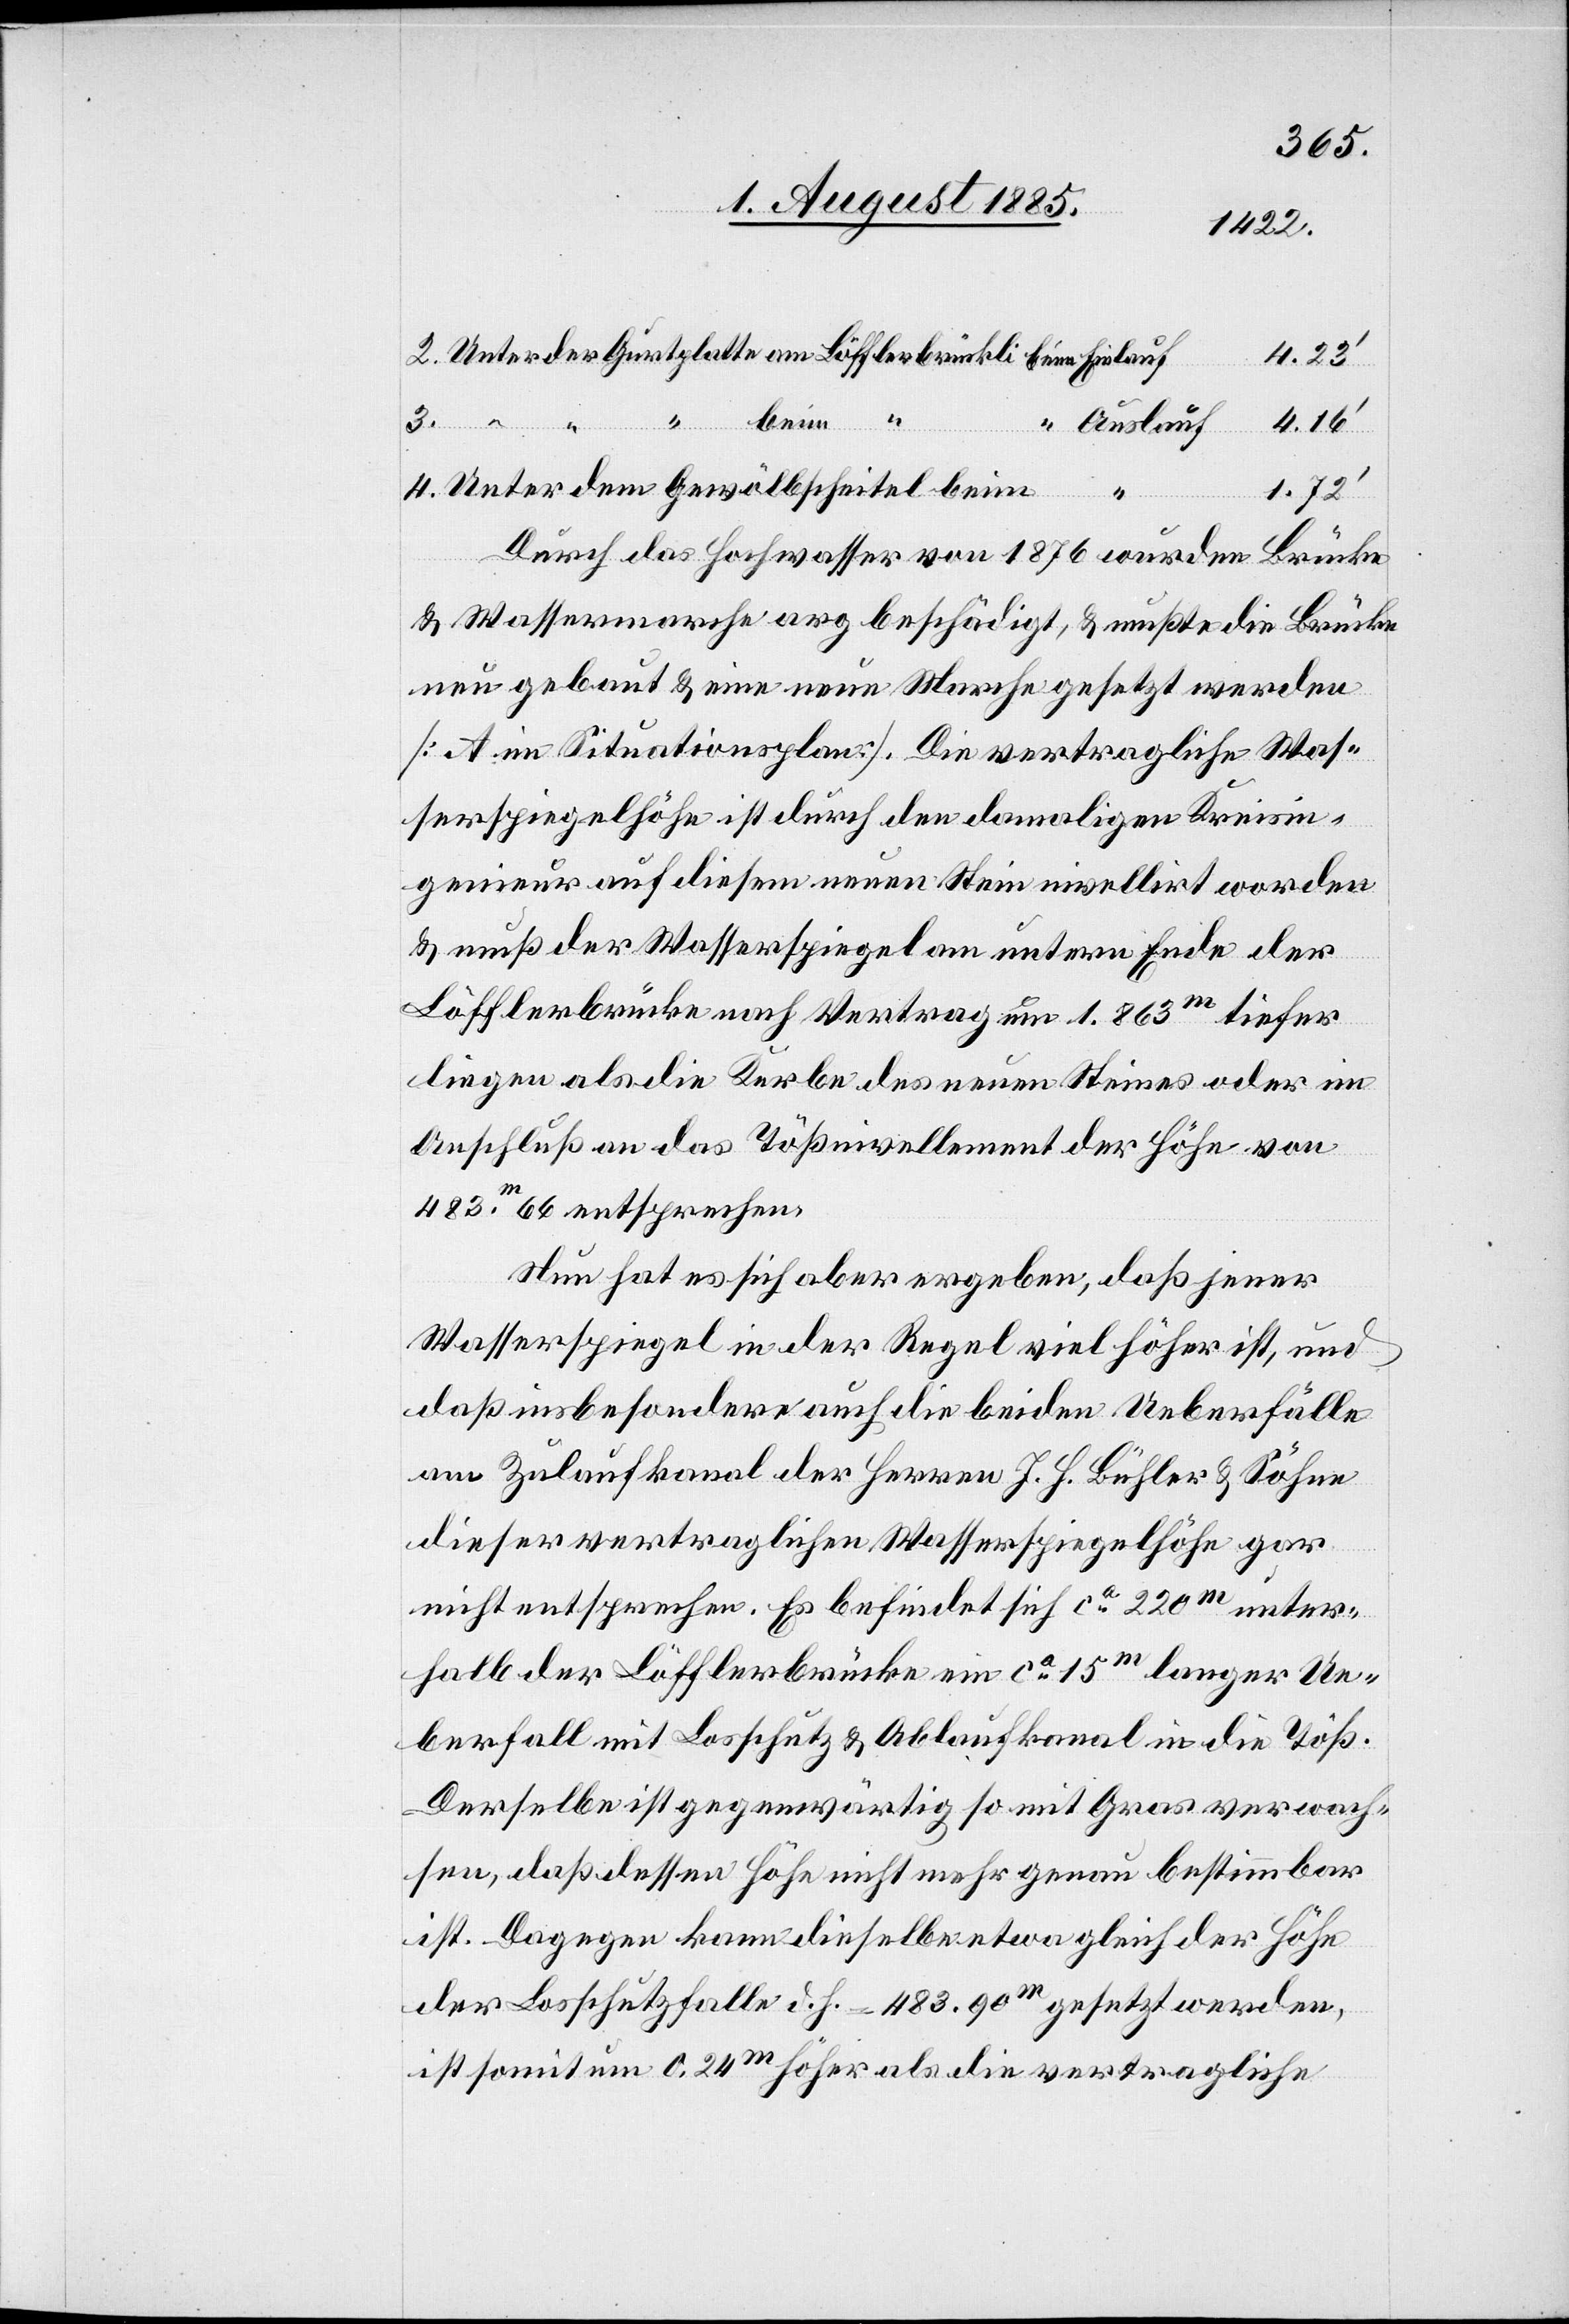
4.23‘
3.
Auslauf
4.16‘
1.72‘
Gewölbscheitel
Durch das Hochwasser von 1876 wurden Brücke
& Wassermarche arg beschädigt, & mußte die Brücke
neu gebaut & eine neue Marche gesetzt werden
[A im Situationsplan]. Die vertragliche Was¬
serspiegelhöhe ist durch den damaligen Kreisin¬
genieur auf diesem neuen Stein nivellirt worden
& muß der Wasserspiegel unterm Ende der
Löfflerbrücke nach Vertrag um 1.863m tiefer
liegen als die Kurbel des neuen Steines oder im
Anschluß an das Tößnivellement der Höhe von
483m66 entsprechen.
Nun hat es sich aber ergeben, daß jener
Wasserspiegel in der Regel viel höher ist, und
daß insbesondere auch die beiden Ueberfälle
am Zulaufkanal der Herren J. H. Bühler & Söhne
dieser vertraglichen Wasserspiegelhöhe gar
nicht entsprechen. Es befindet sich ca 220m unter¬
halb der Löfflerbrücke ein ca 15m langer Ue¬
berfall mit Losschutz & Ablaufkanal in die Töß.
Derselbe ist gegenwärtig so mit Gras verwach¬
sen, daß dessen Höhe nicht mehr genau bestimmbar
ist. Dagegen kann dieselbe etwa gleich der Höhe
der Losschutzfalle d. h. = 483.90m gesetzt werden,
ist somit um 0.24m höher als die vertragliche